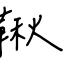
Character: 鞦